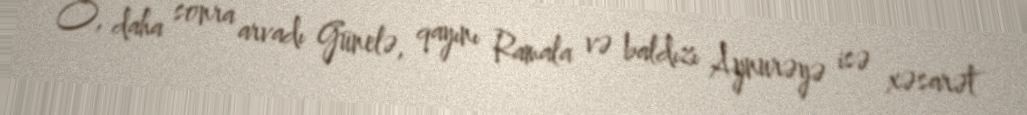
O, daha sonra arvadı Günelə, qayını Ramala və baldızı Aynurəyə isə xəsarət